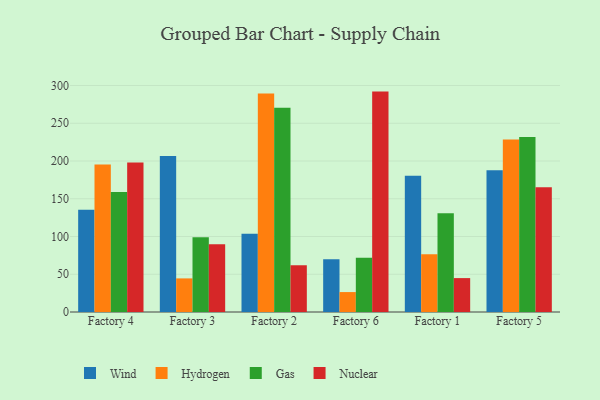
{"axis": {"x": "Factory", "y": "Gross Profit (USD K)"}, "legend": ["Gas", "Hydrogen", "Nuclear", "Wind"], "data": [{"x": "Factory 4", "y": 135.3, "type": "Wind"}, {"x": "Factory 4", "y": 195.4, "type": "Hydrogen"}, {"x": "Factory 4", "y": 159.0, "type": "Gas"}, {"x": "Factory 4", "y": 198.1, "type": "Nuclear"}, {"x": "Factory 3", "y": 206.5, "type": "Wind"}, {"x": "Factory 3", "y": 44.5, "type": "Hydrogen"}, {"x": "Factory 3", "y": 99.1, "type": "Gas"}, {"x": "Factory 3", "y": 89.8, "type": "Nuclear"}, {"x": "Factory 2", "y": 103.6, "type": "Wind"}, {"x": "Factory 2", "y": 289.4, "type": "Hydrogen"}, {"x": "Factory 2", "y": 270.4, "type": "Gas"}, {"x": "Factory 2", "y": 61.9, "type": "Nuclear"}, {"x": "Factory 6", "y": 69.8, "type": "Wind"}, {"x": "Factory 6", "y": 26.4, "type": "Hydrogen"}, {"x": "Factory 6", "y": 71.8, "type": "Gas"}, {"x": "Factory 6", "y": 291.9, "type": "Nuclear"}, {"x": "Factory 1", "y": 180.5, "type": "Wind"}, {"x": "Factory 1", "y": 76.6, "type": "Hydrogen"}, {"x": "Factory 1", "y": 130.7, "type": "Gas"}, {"x": "Factory 1", "y": 44.9, "type": "Nuclear"}, {"x": "Factory 5", "y": 187.7, "type": "Wind"}, {"x": "Factory 5", "y": 228.4, "type": "Hydrogen"}, {"x": "Factory 5", "y": 231.9, "type": "Gas"}, {"x": "Factory 5", "y": 165.2, "type": "Nuclear"}]}